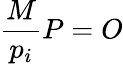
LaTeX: {\frac{M}{p_{i}}}P=O